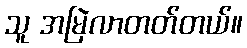
သူ အမြဲလာတတ်တယ်။